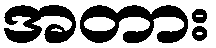
အတား